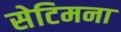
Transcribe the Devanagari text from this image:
सेटिमना